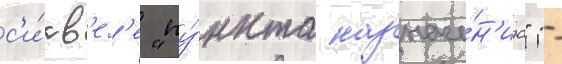
с'и́кв'ел'е "пу́нкта назначе́н'иа" -